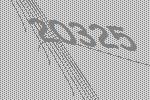
20325